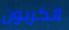
الكربون